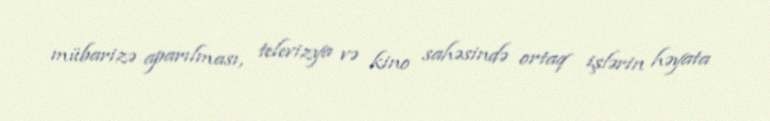
mübarizə aparılması, televizya və kino sahəsində ortaq işlərin həyata